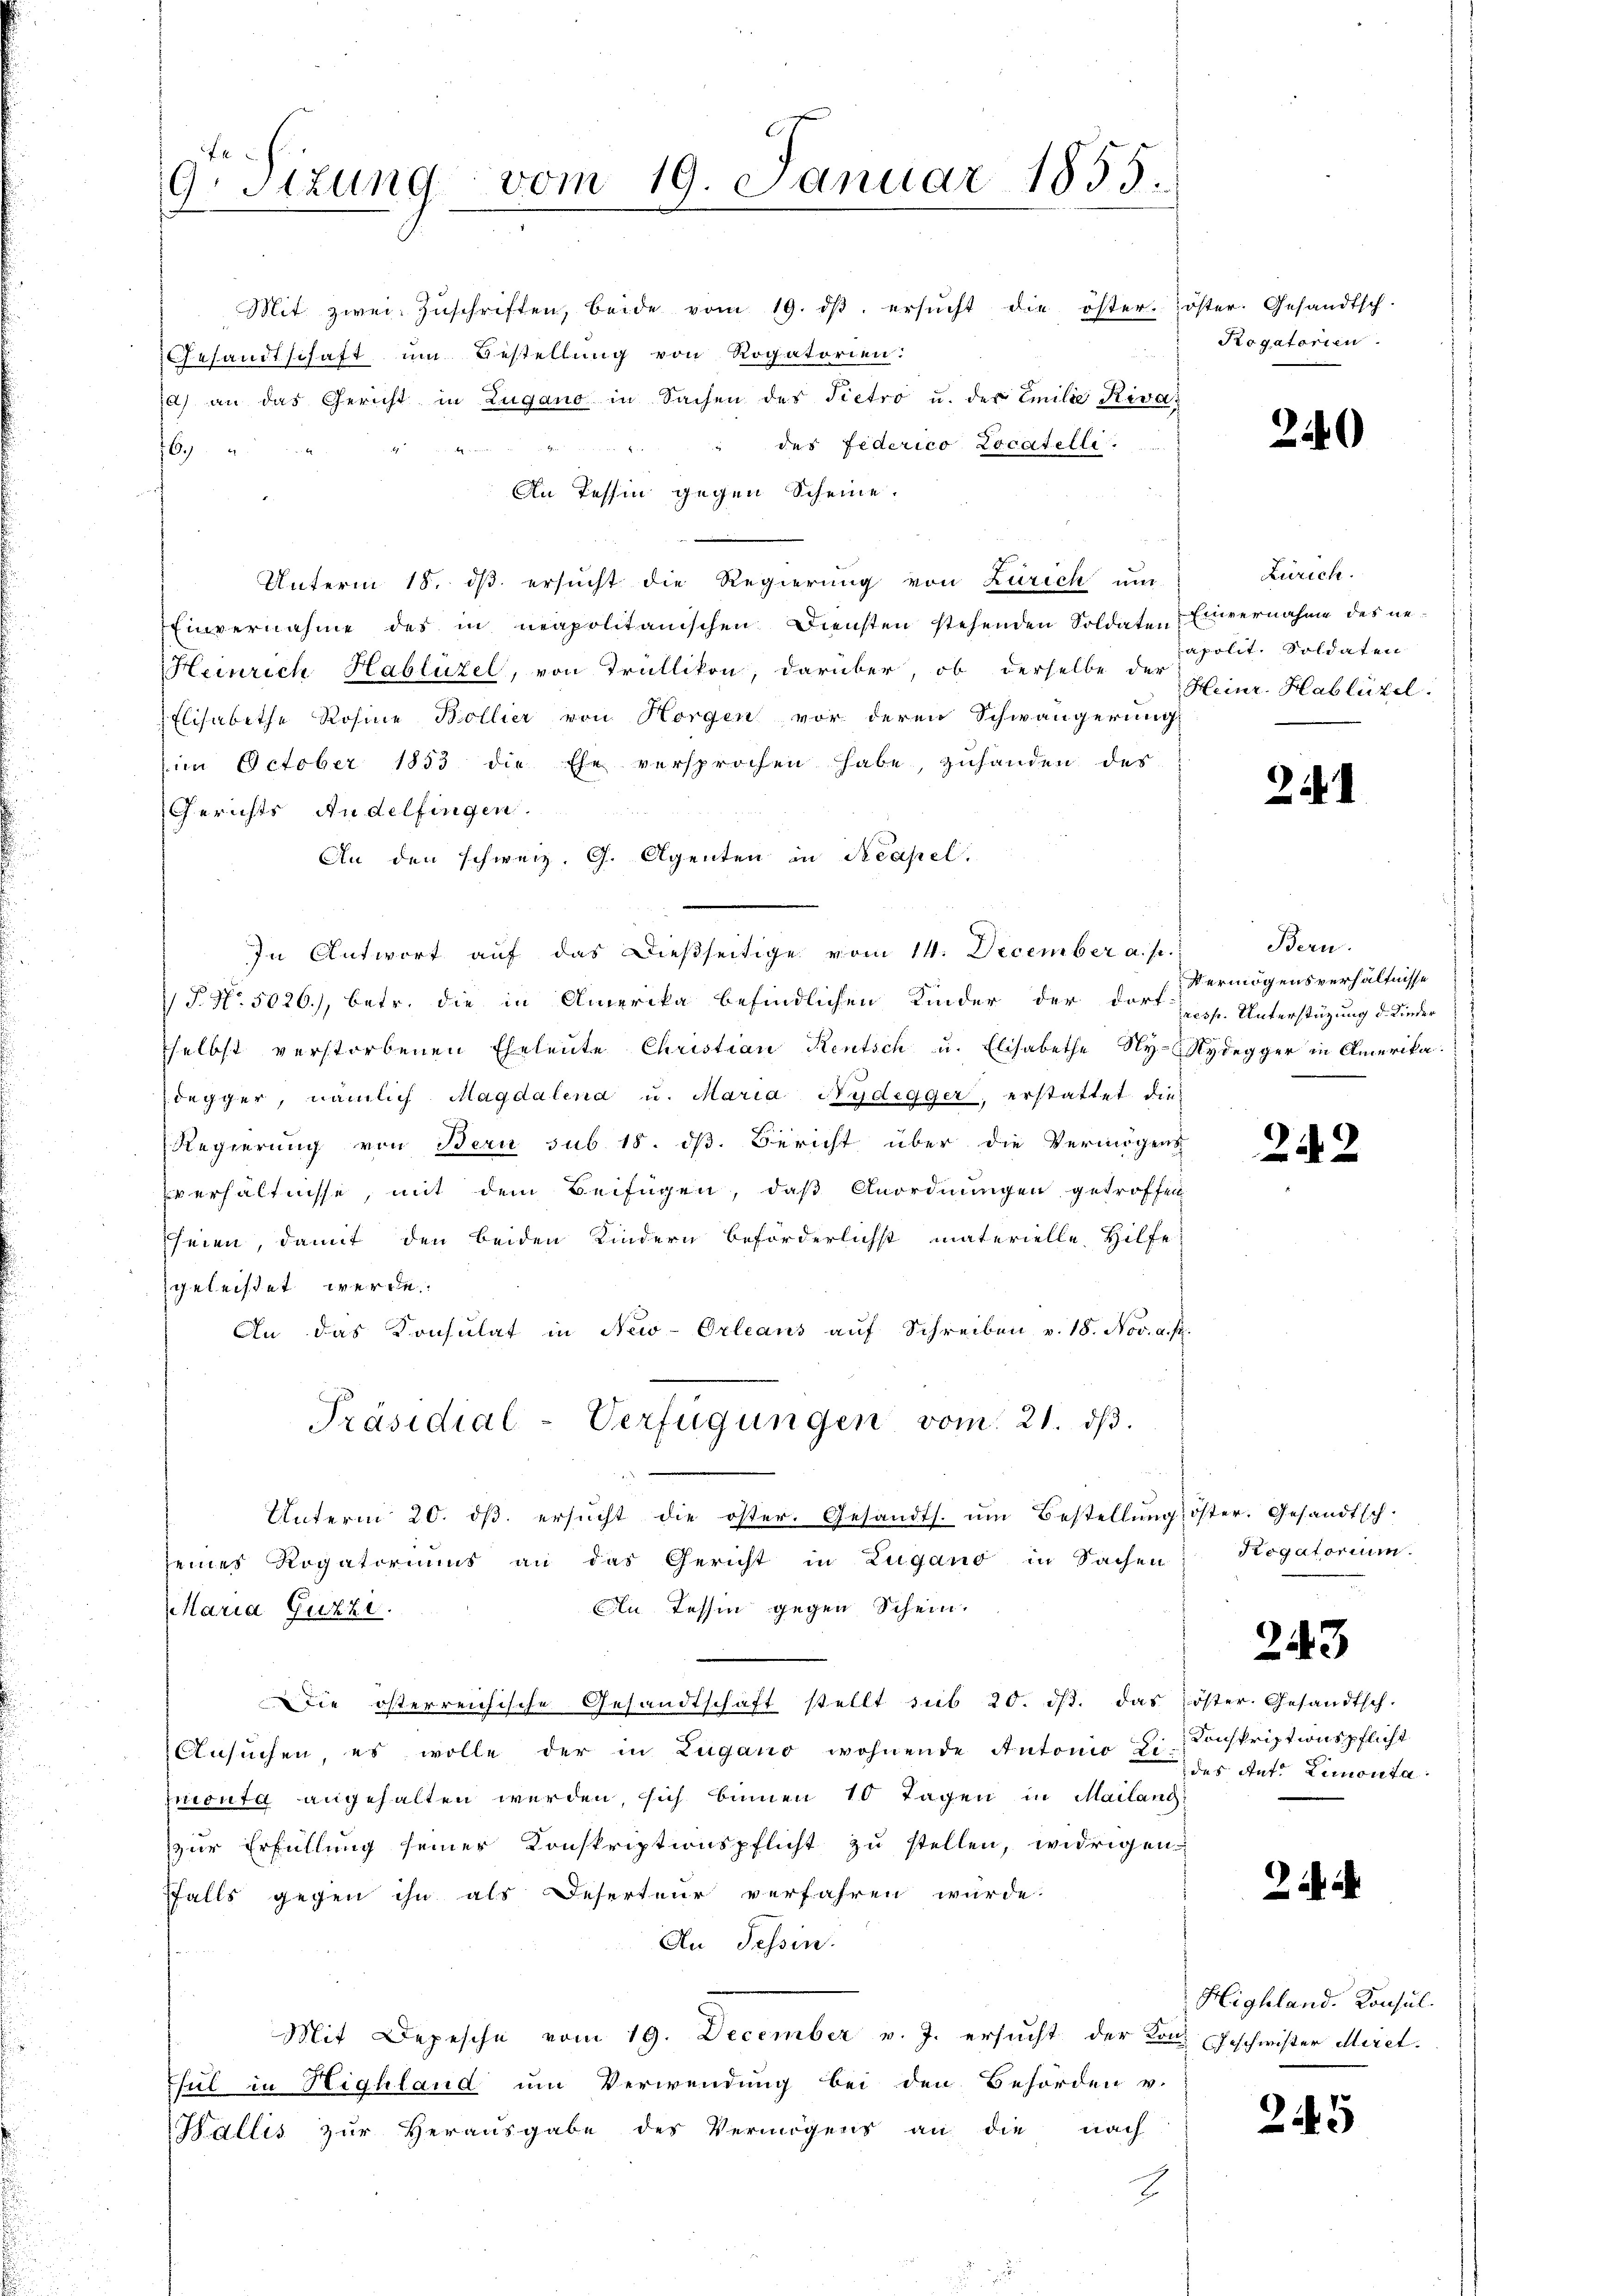
9. Sizung vom 19. Januar 1855.

Mit zwei Zŭschriften, beide vom 19. dβ. ersŭcht die öster. öster. Gesandtsch-
Gesandtschaft um Bestellung von Rogatorien:
d) an das Gericht in Lugano in Sachen des Pietro u. der Emilie Rivas
des Federico Locatelle.

26.
An Tessin gegen Scheine.
Unterm 18. dß ersucht die Regierung von Zürich um
Einvernahme des in neapolitanischen Diensten stehenden Soldaten Einvernahme des ne¬
Heinrich Hablüzel, von Trüllikon, darüber, ob derselbe der polit. Soldaten
Elisabethe Rosine Bollier von Horgen vor deren Schwängerung
im October 1853 die Ehe versprochen habe, zuhanden des
Gerichts Andelfingen.
An den schweiz. G. Agenten in Neapel.
In Antwort aŭf das dießseitige vom 14. December a. p.
 P. Nr. 5026), betr. die in Amerika befindlichen Kinder der dort
selbst verstorbenen Eheleute Christian Rentsch u. Elisabethe Ny-Rydegger in Amerika.
degger, nämlich Magdalena u. Maria Nydegger, erstattet die
Regierung von Bern sub. 18. dß. Bericht über die Vermögens
verhältnisse, mit dem Beifügen, daß Anordnungen getroffen
heien, damit den beiden Kindern beförderlichst materielle Hilfe
geleistet werde.
An das Konsulat in New-Orleans auf Schreiben v. 18. Nov. a. p.
Präsidial-Verfügungen vom 21. dβ.
Unterm 20. dβ. ersŭcht die öster. Gesandts. um Bestellŭng öster. Gesandtsch-
seines Rogatoriums an das Gericht in Zugano in Sachen
Eln Tessin gegen Schein.
Maria Guzzi.
Die österreichische Gesandtschaft stellt sub 20. dβ. das öster. Gesandtsch.
Ansŭchen, es wolle der in Lugano wohnende Antonio zu Konskriptionspflicht
ncourg angehalten werden, sich binnen 10 Tagen in Mailang
zur Erfüllung seiner Konskriptionspflicht zu stellen, widrigen
ffalls gegen ihn als Deserteur verfahren würde.
An Tessin.
Mit Depesche vom 19. December v. J. ersucht der Kons Geschwister Meret.
Sul in Highland um Verwendung bei den Behörden v.
Wallis zur Herausgabe des Vermögens an die nach
2

Rogatorien.

240

Zürich.
Heinr. Hablüzel.

2.

Bern.
Vermögensverhältnisse
resp. Unterstüzung d. Kinder

242

Rogatorium

243

des Ant. Limonta

2

Highland. Konsul

245